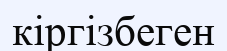
кіргізбеген